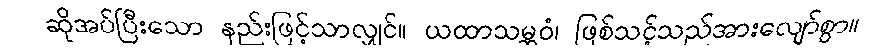
ဆိုအပ်ပြီးသော နည်းဖြင့်သာလျှင်။ ယထာသမ္ဘဝံ၊ ဖြစ်သင့်သည်အားလျော်စွာ။